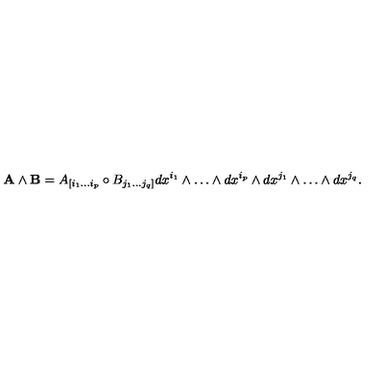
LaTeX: { \bf A } \wedge { \bf B } = A _ { [ i _ { 1 } \ldots i _ { p } } \circ B _ { j _ { 1 } \ldots j _ { q } ] } d x ^ { i _ { 1 } } \wedge \ldots \wedge d x ^ { i _ { p } } \wedge d x ^ { j _ { 1 } } \wedge \ldots \wedge d x ^ { j _ { q } } .